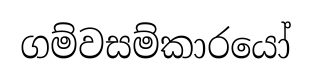
ගම්වසම්කාරයෝ